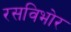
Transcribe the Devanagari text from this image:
रसविभोर